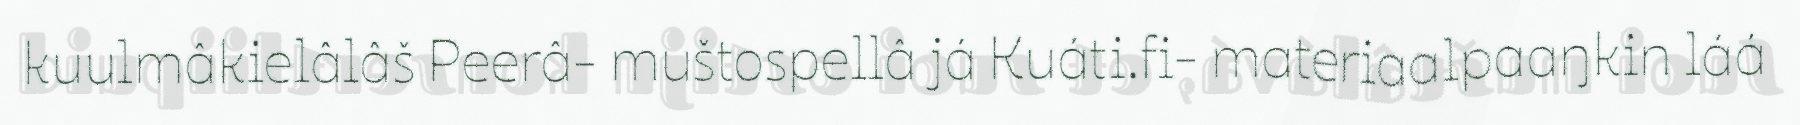
kuulmâkielâlâš Peerâ- muštospellâ já Kuáti.fi- materiaalpaaŋkin láá